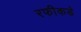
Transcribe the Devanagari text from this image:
रफीकडे